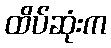
ထိပ်ဆုံးက